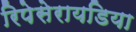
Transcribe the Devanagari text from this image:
रिपेसेरायडिया